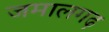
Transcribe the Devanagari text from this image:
जमालगढ़